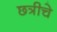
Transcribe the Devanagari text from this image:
छत्रीचे